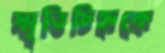
স্মৃতিচিহ্নকে